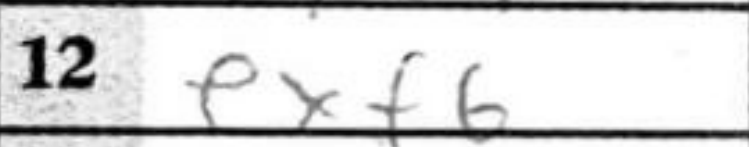
Transcription: exf6